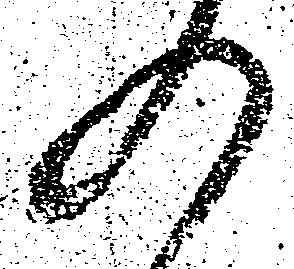
の